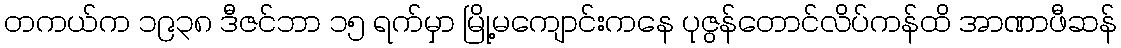
တကယ်က ၁၉၃၈ ဒီဇင်ဘာ ၁၅ ရက်မှာ မြို့မကျောင်းကနေ ပုဇွန်တောင်လိပ်ကန်ထိ အာဏာဖီဆန်